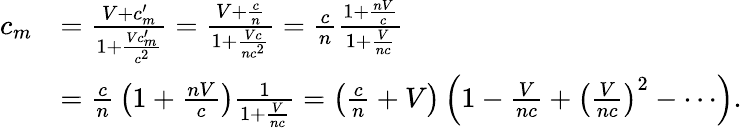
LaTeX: {\begin{array}{rl}{c_{m}}&{={\frac{V+c_{m}^{\prime}}{1+{\frac{Vc_{m}^{\prime}}{c^{2}}}}}={\frac{V+{\frac{c}{n}}}{1+{\frac{Vc}{nc^{2}}}}}={\frac{c}{n}}{\frac{1+{\frac{nV}{c}}}{1+{\frac{V}{nc}}}}}\\ &{={\frac{c}{n}}\left(1+{\frac{nV}{c}}\right){\frac{1}{1+{\frac{V}{nc}}}}=\left({\frac{c}{n}}+V\right)\left(1-{\frac{V}{nc}}+\left({\frac{V}{nc}}\right)^{2}-\cdots\right).}\end{array}}